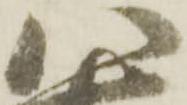
八